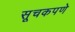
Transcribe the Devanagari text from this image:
सूचकपणे